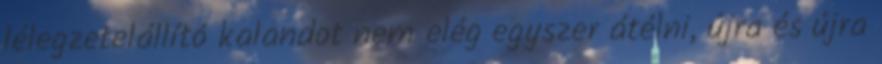
lélegzetelállító kalandot nem elég egyszer átélni, újra és újra